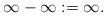
LaTeX: \begin{align*} \infty - \infty := \infty.\end{align*}